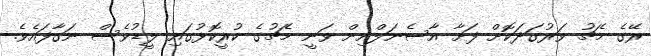
ރޭގެ މެޗު ވަރުގަދަކޮށް ފަށާ އާސެނަލްއިން ވަނީ މެޗުގެ ކުރީކޮޅުގައި ލީޑުވެސް ނަގާފައެވެ.